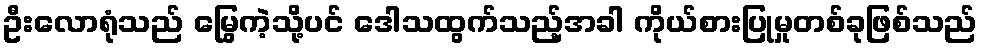
ဦးလောရုံသည် မြွေကဲ့သို့ပင် ဒေါသထွက်သည့်အခါ ကိုယ်စားပြုမှုတစ်ခုဖြစ်သည်